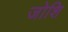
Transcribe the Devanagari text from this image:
जोशि